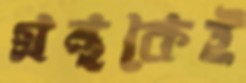
গ্রন্থকেই